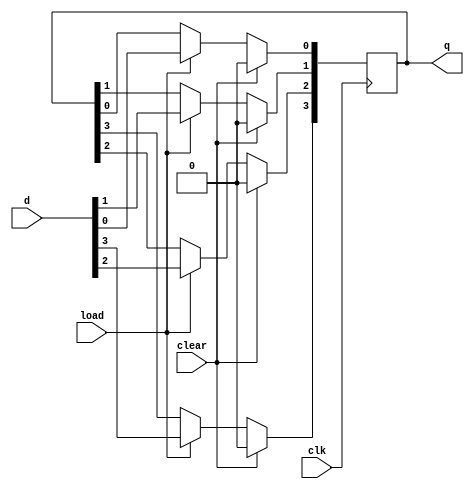
`timescale 1ns / 1ps
//////////////////////////////////////////////////////////////////////////////////
// Company: 
// Engineer: 
// 
// Design Name: 
// Module Name:    register 
// Project Name: 
// Target Devices: 
// Tool versions: 
// Description: 
//
// Dependencies: 
//
// Revision: 
// Revision 0.01 - File Created
// Additional Comments: 
//
//////////////////////////////////////////////////////////////////////////////////
module register(
    input [3:0] d,
	 input clk,
	 input load,clear,
	 output reg [3:0] q
	 );
	 always @(posedge clk)
	 begin
	 if(clear)
	 begin
	 q[0]<=0;
	 q[1]<=0;
	 q[2]<=0;
	 q[3]<=0;
	 end
	 else 
	 begin
	  if(load)
	  begin
	  q[0]<=d[0];
	  q[1]<=d[1];
	  q[2]<=d[2];
	  q[3]<=d[3];
	  end
	 end
    end
endmodule